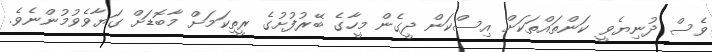
ވެސް ދުނިޔެވީ ކަންތައްތަކަށް އިސްކަން ދީގެން މީހާގެ ބޭރުފުށުގެ ރީތިކަމަށް މާބޮޑަށް ގަޔާވެވުމުންނެވެ.